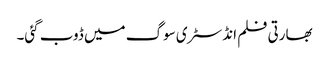
بھارتی فلم انڈسٹری سوگ میں ڈوب گئی۔